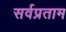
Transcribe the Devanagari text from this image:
सर्वप्रताम